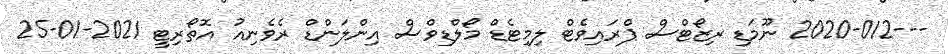
---2020-012 ނޫމަޑި ރިޒޯޓްސް ޕްރައިވެޓް ލިމިޓެޑް މޯލްޑިވްސް އިންލަންޑް ރެވެނިއު އޮތޯރިޓީ 2021-01-25